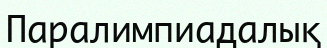
Паралимпиадалық